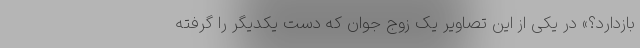
بازدارد؟» در یکی از این تصاویر یک زوج جوان که دست یکدیگر را گرفته